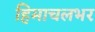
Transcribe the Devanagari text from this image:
हिमाचलभर